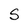
Character: S